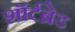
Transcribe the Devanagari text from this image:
शॉर्टब्रेड